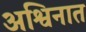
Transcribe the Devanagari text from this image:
अश्विनात